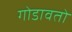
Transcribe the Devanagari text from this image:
गोडावतो